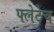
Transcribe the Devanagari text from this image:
फ्लेटेच